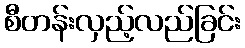
စီတန်းလှည့်လည်ခြင်း